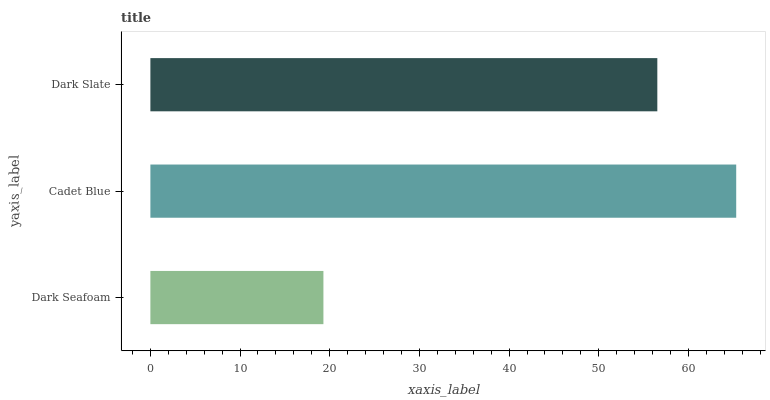
| yaxis_label | bars |
 | --- | --- |
 | Dark Seafoam | 19.3 |
 | Cadet Blue | 65.3 |
 | Dark Slate | 56.5 |